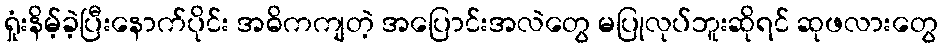
ရှုံးနိမ့်ခဲ့ပြီးနောက်ပိုင်း အဓိကကျတဲ့ အပြောင်းအလဲတွေ မပြုလုပ်ဘူးဆိုရင် ဆုဖလားတွေ